V__Kingissepa_nim__kolhoos, lk 6
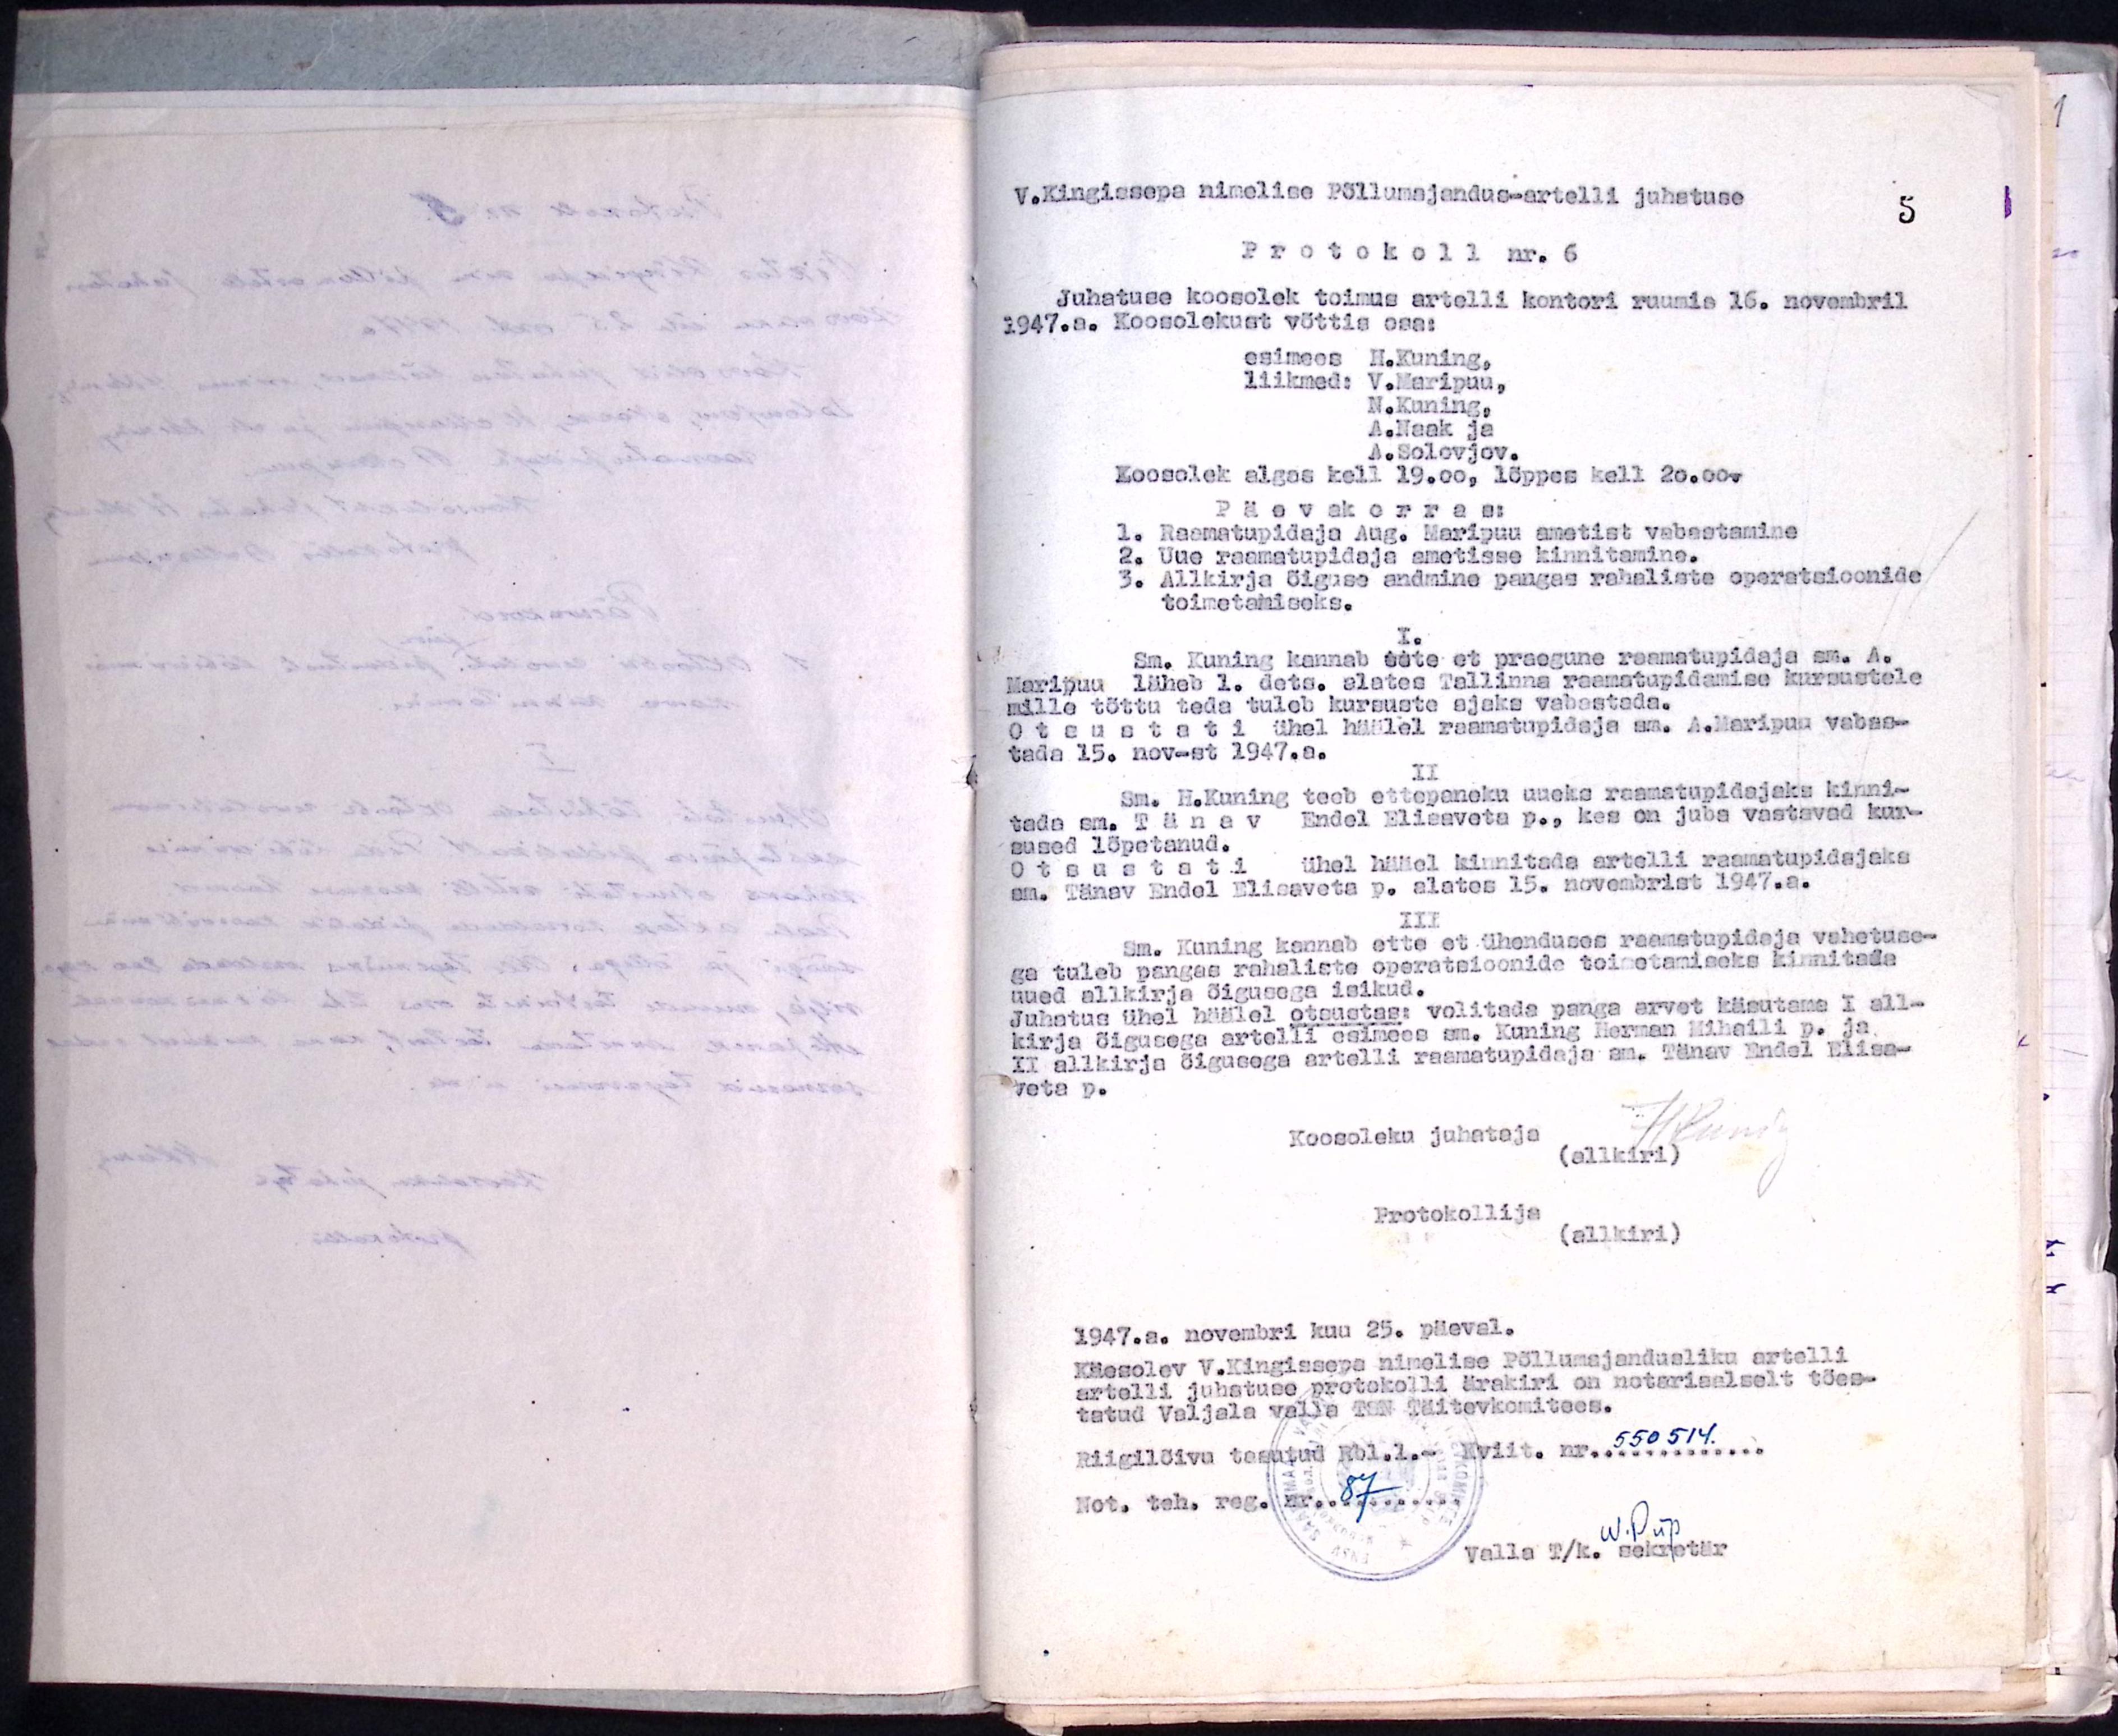
V.Kingissepa nimelise Põllumajandus-artelli juhatuse
Protokoll nr. 6
Juhatuse koosolek toimus artelli kontori ruumis 16. novembril
1947.a. Koosolekust võttis osa:
esimees H.Kuning.
liikmede V.Maripuu,
N. Kuning
A.Naak ja
A.Solevjev.
Koosolek algas kell 19.00, lõppes kell 20.00.
Päevakorras:
1. Raamatupidaja Aug. Maripuu ametist vabastamine
2. Uue raamatupidaja ametisse kinnitamine.
3. Allkirja õiguse andmine pangas rahaliste operatsioonide
toimetamiseks.
Sm. Kuning kannab ette et praegune raamatupidaja sm. A.
Maripuu läheb 1. dets. alates Tallinna raamatupidamise kursustele
mille tõttu teda tuleb kursuste ajaks vabastada
otsustati ühel häälel raamatupidaja sm. A.Maripuu vabas-
tada 15. nov-st 1947.a.
II
Sm. H.Kuning teeb ettepaneku uueks raamatupidajaks kinni-
tada sm.Tänav Endel Elissveta p., kes on juba vastavad kur-
sused lõpetanud.
Otsustati ühel hääle kinnitada artelli raamatupidajaks
sm. Tänav Endel Elisaveta p. alates 15. novembrist 1947.a.
III
Sm. Kuning kannab ette et ühenduses raamatupidaja vahetuse-
ga tuleb pangas rahaliste operatsioonide toimetamiseks kinnitada
uued allkirja õigusega isikud.
Juhatus ühel häälel otsustuse volitada panga arvet käsutama I all-
kirja õigusega artelli esimees sm. Kuning Herman Mihaili p. ja
II allkirja õigusega artelli raamatupidaja sm. Tänav Endel Elisa-
veta p.
Koosoleku juhataja
(allkiri)
Protokollija
(allkiri)
1947.a. novembri kuu 25. päeval.
Käesolev V.Kingissega nimelise Põllumajandusliku artelli
artelli juhatuse protokolli ärakiri on notariaalselt tões-
tatud Valjala valla TSN Täitevkomitees.
Riigilõivu tasutud Rbl.1.- Kviit. nr. 550514
Not. teh. reg. nr. 87
Valla T/k. sekretär